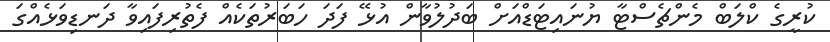
ކުރީގެ ކްލަބް މެންޗެސްޓާ ޔުނައިޓަޑްއަށް ބަދުލުވާން އުޅޭ ފަދަ ހަބަރުތަކެއް ފެތުރިފައިވާ ދަނޑިވަޅެއްގަ